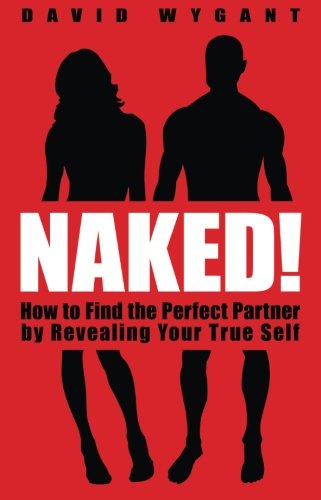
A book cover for Naked!: How to Find the Perfect Partner by Revealing Your True Self; David Wygant; Self-Help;